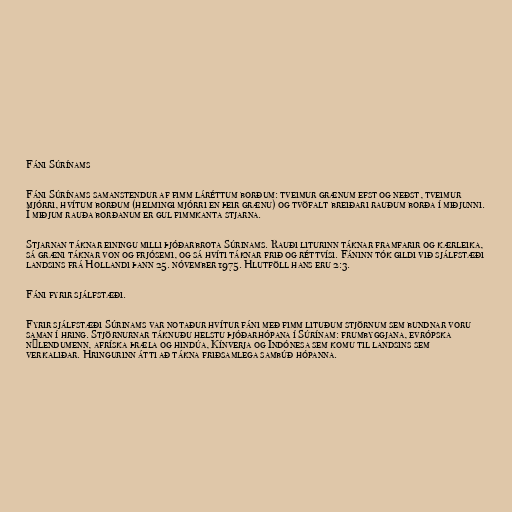
Fáni Súrínams

Fáni Súrínams samanstendur af fimm láréttum borðum: tveimur grænum efst og neðst, tveimur
mjórri, hvítum borðum (helmingi mjórri en þeir grænu) og tvöfalt breiðari rauðum borða í miðjunni.
Í miðjum rauða borðanum er gul fimmkanta stjarna.

Stjarnan táknar einingu milli þjóðarbrota Súrinams. Rauði liturinn táknar framfarir og kærleika,
sá græni táknar von og frjósemi, og sá hvíti táknar frið og réttvísi. Fáninn tók gildi við sjálfstæði
landsins frá Hollandi þann 25. nóvember 1975. Hlutföll hans eru 2:3.

Fáni fyrir sjálfstæði.

Fyrir sjálfstæði Súrinams var notaður hvítur fáni með fimm lituðum stjörnum sem bundnar voru
saman í hring. Stjörnurnar táknuðu helstu þjóðarhópana í Súrínam: frumbyggjana, evrópska
nýlendumenn, afríska þræla og hindúa, Kínverja og Indónesa sem komu til landsins sem
verkaliðar. Hringurinn átti að tákna friðsamlega sambúð hópanna.